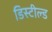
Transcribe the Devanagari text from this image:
डिस्टील्ड